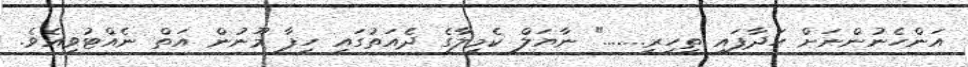
އަންހެނުންނަށް ހަދާފައި ތިހިރީ......." ނާޔަލް ކެމިލާގެ ދެއަތުގައި ހިފާ މޫނުން އަތް ނެއްޓުވިއެވެ.